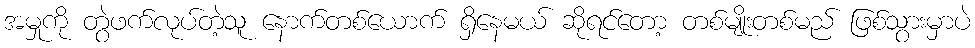
အမှုကို တွဲဖက်လုပ်တဲ့သူ နောက်တစ်ယောက် ရှိနေမယ် ဆိုရင်တော့ တစ်မျိုးတစ်မည် ဖြစ်သွားမှာပဲ